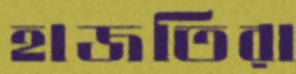
হাজতিরা